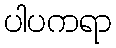
ပါပကရာ